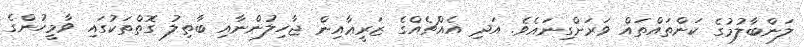
ލަންބާލުމުގެ ކަންތައްތައް ވަރަށްގިނައެވެ. އަދި އެއްޗެއްގެ ޒަރީޢާއިން ޖާހިލުންނާއި ބާތިލު ގޮތްތަކުގައި ވާމީހުންގެ